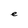
Character: e